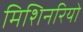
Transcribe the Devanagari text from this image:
मिशिनरियो